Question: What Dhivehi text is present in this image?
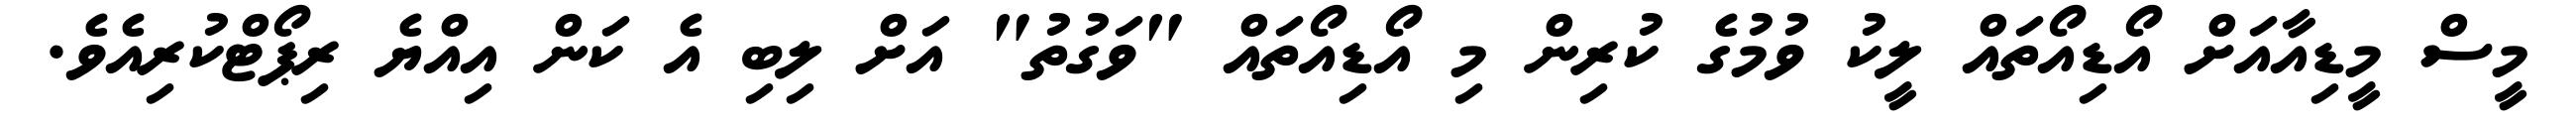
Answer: މީސް މީޑިއާއަށް އޯޑިއޯތައް ލީކު ވުމުގެ ކުރިން މި އޯޑިއޯތައް "ވަގުތު" އަށް ލިބި އެ ކަން އިއްޔެ ރިޕޯޓްކުރިއެވެ.